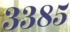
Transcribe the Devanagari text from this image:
३३८५